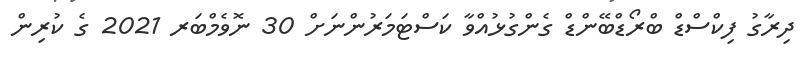
ދިރާގު ފިކްސްޑް ބްރޯޑްބޭންޑް ގެންގުޅުއްވާ ކަސްޓަމަރުންނަށް 30 ނޮވެމްބަރ 2021 ގެ ކުރިން